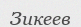
Зикеев